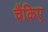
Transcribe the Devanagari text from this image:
चैंकिए